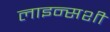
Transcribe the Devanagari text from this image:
लाइन्सशी